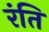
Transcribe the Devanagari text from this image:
रंति